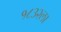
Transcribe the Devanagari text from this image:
१८३२ला